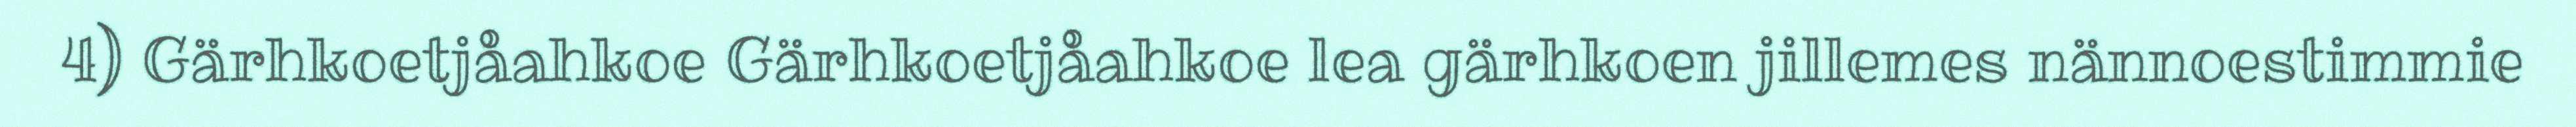
4) Gärhkoetjåahkoe Gärhkoetjåahkoe lea gärhkoen jillemes nännoestimmie